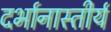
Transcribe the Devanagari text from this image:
दर्भानास्तीर्य